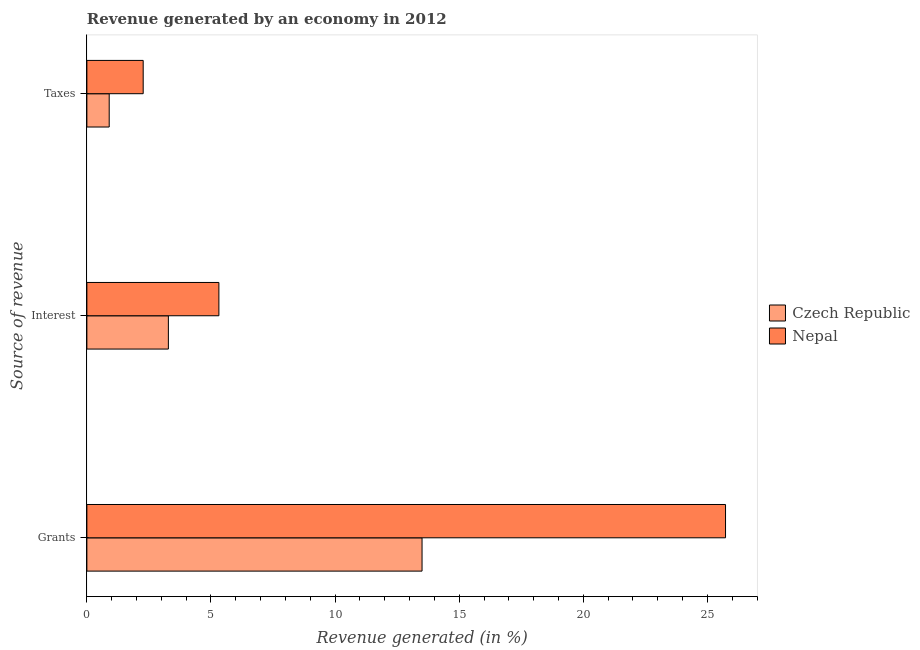
| Source of revenue | Czech Republic | Nepal |
 | --- | --- | --- |
 | Grants | 13.5 | 25.7 |
 | Interest | 3.28 | 5.32 |
 | Taxes | 0.899 | 2.27 |